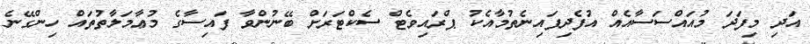
އަދި މިފަދަ މުއައްސަސާއެއް އުފެދިފައިނެތުމާއެކު ޕްރައިވެޓް ސެކްޓަރަށް ބޭނުންވާ ފައިސާގެ މުޢާމަލާތުތައް ހިންގޭނެ